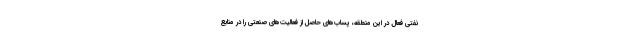
نفتی فعال در این منطقه، پساب‌های حاصل از فعالیت‌های صنعتی را در منابع